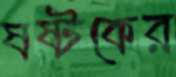
ষষ্টকের